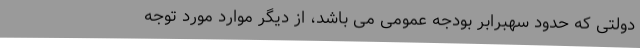
دولتی که حدود سهبرابر بودجه عمومی می باشد، از دیگر موارد مورد توجه